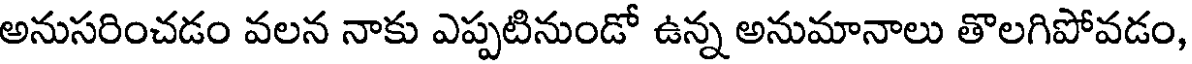
అనుసరించడం వలన నాకు ఎప్పటినుండో ఉన్న అనుమానాలు తొలగిపోవడం,